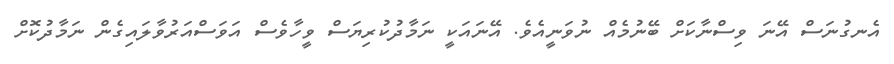
އެނގުނަސް އޭނަ ވިސްނާކަށް ބޭނުމެއް ނުވަނީއެވެ. އޭނައަކީ ނަމާދުކުރިޔަސް ވީހާވެސް އަވަސްއަރުވާލައިގެން ނަމާދުކޮށް